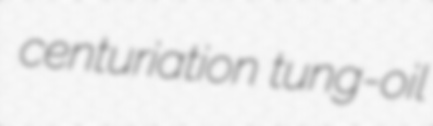
centuriation tung-oil